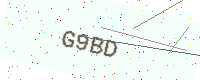
Text: G9BD